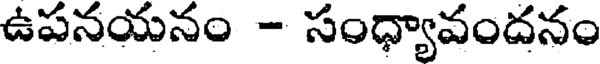
ఉపనయనం - సంధ్యావందనం